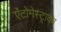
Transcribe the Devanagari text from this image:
ऐंटोमेस्ट्राका